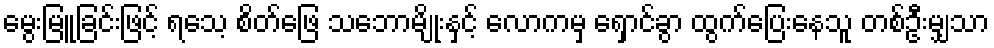
မွေးမြူခြင်းဖြင့် ရသေ့ စိတ်ဖြေ သဘောမျိုးနှင့် လောကမှ ရှောင်ခွာ ထွက်ပြေးနေသူ တစ်ဦးမျှသာ